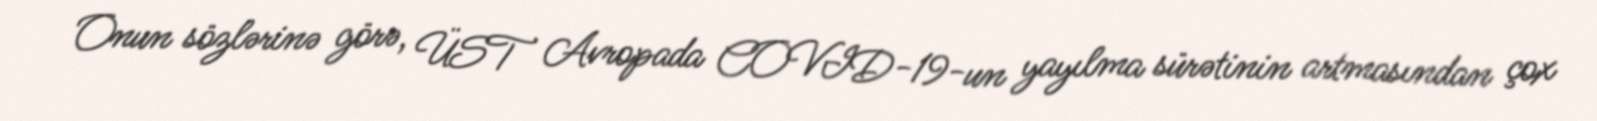
Onun sözlərinə görə, ÜST Avropada COVID-19-un yayılma sürətinin artmasından çox